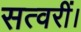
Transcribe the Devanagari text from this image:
सत्वरीं।